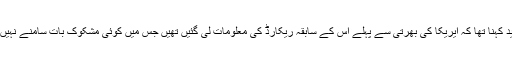
اُن کا مزید کہنا تھا کہ ایریکا کی بھرتی سے پہلے اس کے سابقہ ریکارڈ کی معلومات لی گئیں تھیں جس میں کوئی مشکوک بات سامنے نہیں آئی تھی۔